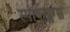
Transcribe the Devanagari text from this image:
स्पार्कप्लग्स